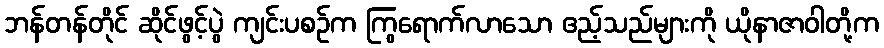
ဘန်တန်တိုင် ဆိုင်ဖွင့်ပွဲ ကျင်းပစဉ်က ကြွရောက်လာသော ဧည့်သည်များကို ယိုနာဇာဝါတို့က